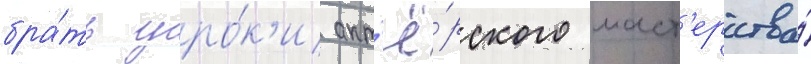
бра́ть уро́к'и акт'ё́рского маст'ерства́